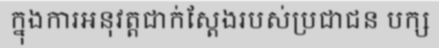
ក្នុងការអនុវត្តជាក់ស្តែងរបស់ប្រជាជន បក្ស